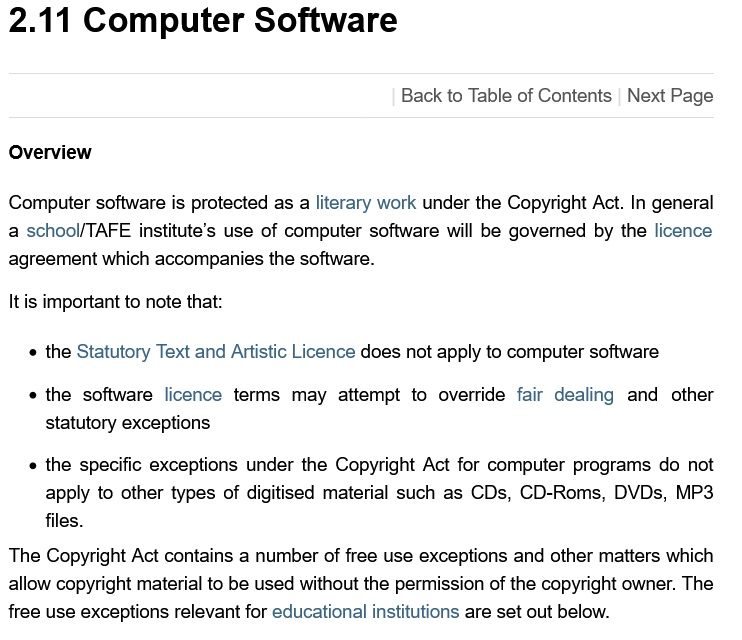
2.11   Computer    Software
  Overview
  Computer software is protected as a literary work under the Copyright Act. In general
  a school/TAFE institute’s use of computer software will be governed by the licence
  agreement which accompanies the software.
    « the specific exceptions under the Copyright Act for computer programs do not
     apply to other types of digitised material such as CDs, CD-Roms, DVDs, MP3
     files.
    « the software licence terms may attempt to override fair dealing and other
     statutory exceptions
    « the Statutory Text and Artistic Licence does not apply to computer software
  It is important to note that:
  The Copyright Act contains a number of free use exceptions and other matters which
  allow copyright material to be used without the permission of the copyright owner. The
  free use exceptions relevant for educational institutions are set out below.
     Back to Table of Contents Next Page